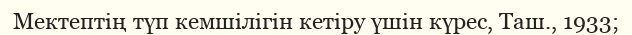
Мектептің түп кемшілігін кетіру үшін күрес, Таш., 1933;